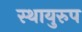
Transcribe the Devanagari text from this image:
स्थायुरुप